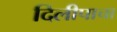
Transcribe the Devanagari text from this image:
दिलीपाचा